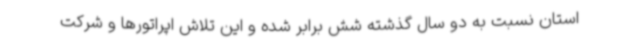
استان نسبت به دو سال گذشته شش برابر شده و این تلاش اپراتورها و شرکت